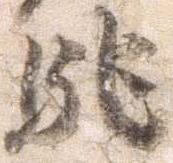
馳